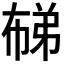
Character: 𭘨